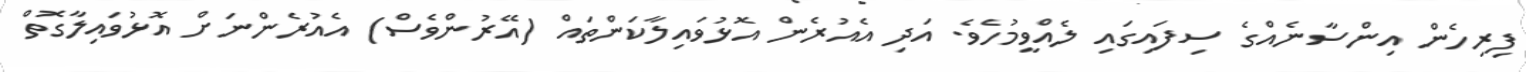
ފިރިހެން އިންސާނެއްގެ ސިފައިގައި ލެއްވީމުހެވެ. އަދި އެއުރެން އޮޅުވައިިލާކަންތައް (އޭރުންވެސް) އެއުރެންނަށް އޮޅުވައިލާގޮތް